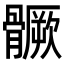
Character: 𩪗